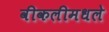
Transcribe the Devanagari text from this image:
वीकलीमधले